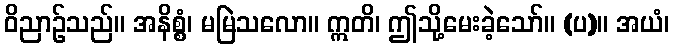
ဝိညာဉ်သည်။ အနိစ္စံ၊ မမြဲသလော။ ဣတိ၊ ဤသို့မေးခဲ့သော်။ (ပ)။ အယံ၊